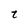
Character: t